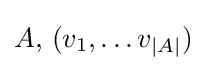
A,\,(v_{1},\ldots v_{|A|})